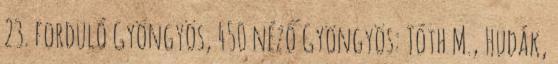
23. forduló Gyöngyös, 450 néző Gyöngyös: Tóth M., Hudák,